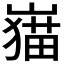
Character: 𱜎